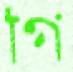
গি